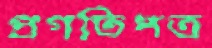
প্রগতিপত্র